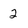
Character: 2